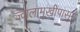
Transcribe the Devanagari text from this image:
ज्वालामूखीपासून